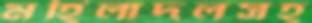
মহিলাদলসহ